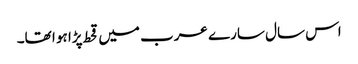
اس سال سارے عرب میں قحط پڑا ہو ا تھا۔